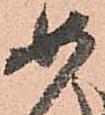
如